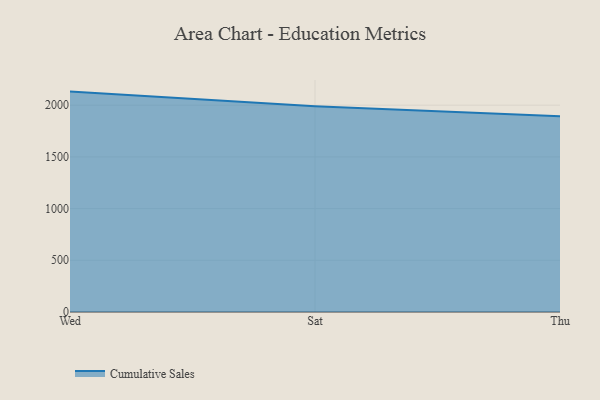
{"axis": {"x": "Day", "y": "Revenue (USD Million)"}, "legend": ["Cumulative Sales"], "data": [{"x": "Wed", "y": 2131.3, "type": "Cumulative Sales"}, {"x": "Sat", "y": 1989.8, "type": "Cumulative Sales"}, {"x": "Thu", "y": 1894.1, "type": "Cumulative Sales"}]}